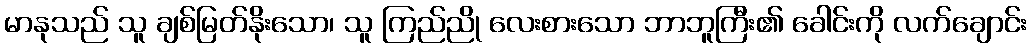
မာနုသည် သူ ချစ်မြတ်နိုးသော၊ သူ ကြည်ညို လေးစားသော ဘာဘူကြီး၏ ခေါင်းကို လက်ချောင်း